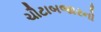
ચૌટાબજારનો